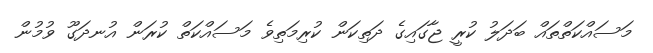
މަސައްކަތްތައް ބަދަލު ކުރީ ޖާގައިގެ ދަތިކަން ކުރިމަތިވެ މަސައްކަތް ކުރަން އުނދަގޫ ވުމުން